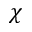
\chi